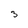
Character: 3